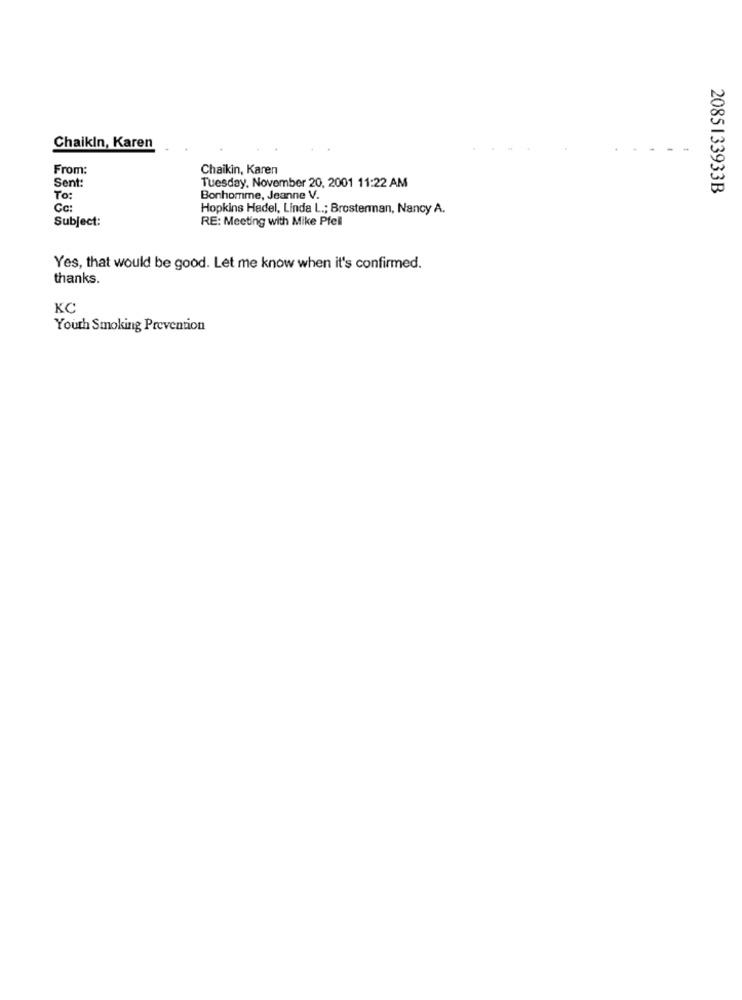
Chaikin, Karen
From:
Chaikin, Karen
Sent:
Tuesday, November 20, 2001 11:22 AM
2085133933B
To:
Bonhomme, Jeanne V.
Cc:
Hopkins Hadel, Linda L .; Brosterman, Nancy A.
Subject:
RE: Meeting with Mike Pfeil
Yes, that would be good. Let me know when it's confirmed.
thanks.
KC
Youth Smoking Prevention